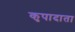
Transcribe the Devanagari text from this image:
कृपादाता